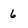
Character: 6